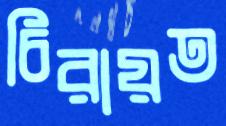
চিরায়ত